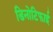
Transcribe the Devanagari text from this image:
डिनोटिफाई